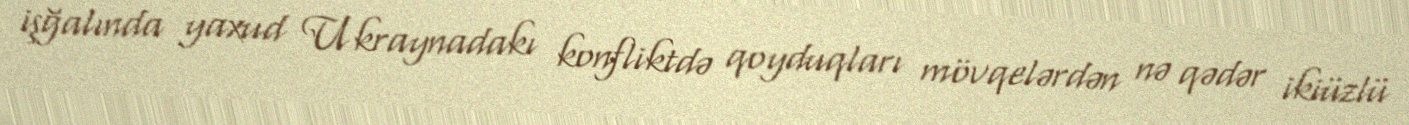
işğalında yaxud Ukraynadakı konfliktdə qoyduqları mövqelərdən nə qədər ikiüzlü